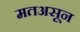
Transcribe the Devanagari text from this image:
मतअसून